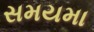
સમયમા